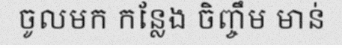
ចូលមក កន្លែង ចិញ្ចឹម មាន់